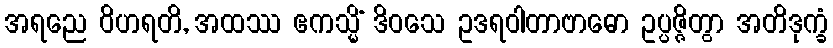
အရညေ ဝိဟရတိ, အထဿ ဧကသ္မိံ ဒိဝသေ ဥဒရဝါတာဗာဓော ဥပ္ပဇ္ဇိတွာ အတိဒုက္ခံ